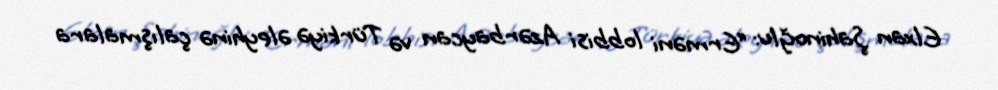
Elxan Şahinoğlu: “Erməni lobbisi Azərbaycan və Türkiyə əleyhinə çalışmalara